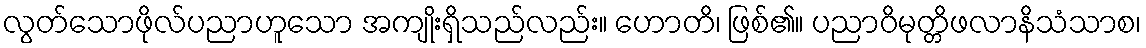
လွတ်သောဖိုလ်ပညာဟူသော အကျိုးရှိသည်လည်း။ ဟောတိ၊ ဖြစ်၏။ ပညာဝိမုတ္တိဖလာနိသံသာစ၊